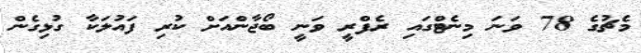
މެޗުގެ 78 ވަނަ މިނެޓްގައި ރެފްރީ ވަނީ ބޯޖާންއަށް ކުރި ފައުލަކާ ގުޅިގެން